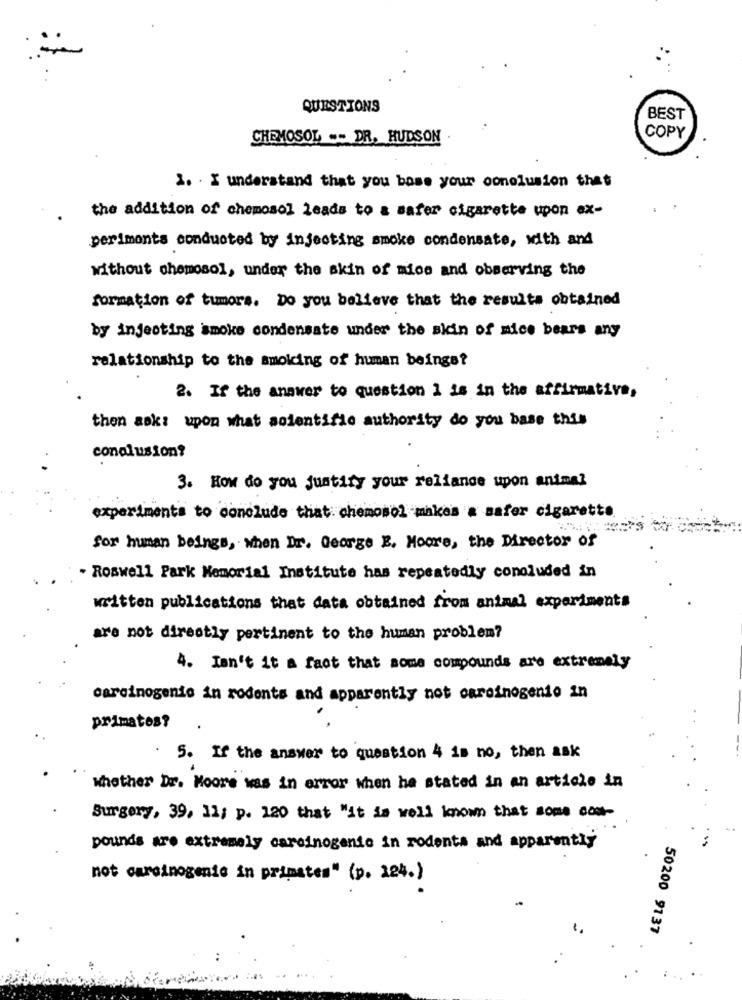
QUESTIONS
BEST
COPY
CHEMOSOL -- DR. HUDSON
1. I understand that you base your conclusion that
the addition of chemosol leads to a safer cigarette upon ex-
perimonts conducted by injecting smoke condensate, with and
without chemosol, under the skin of mice and observing the
formation of tumors. Do you believe that the results obtained
by injecting smoke condensate under the skin of mice bears any
relationship to the smoking of human beings?
2. If the answer to question 1 is in the affirmative,
then ask: upon what scientific authority do you base this
conclusion?
3. How do you justify your reliance upon animal
experiments to conclude that: chemosol makes a safer cigarette
for human beings, when Dr. George E. Moore, the Director of
. Roswell Park Memorial Institute has repeatedly concluded in
written publications that data obtained from animal experiments
are not directly pertinent to the human problem?
4. Isn't it a fact that some compounds are extremely
carcinogenio in rodents and apparently not careinogenio in
primates?
. 5. If the answer to question 4 is no, then ask
whether Dr. Moore was in error when he stated in an article in
Surgery, 39, 11; p. 120 that "it is well known that some com-
pounds are extremely carcinogenic in rodents and apparently
not carcinogenic in primates" (p. 124.)
50200 9137